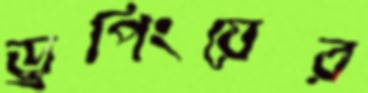
ড্রপিংয়ের